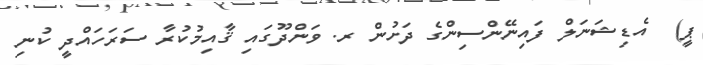
ޕީ)  އެޑިޝަނަލް ފައިނޭންސިންގެ ދަށުން ރ. ވަންދޫގައި ޤާއިމުކުރާ ސަރަހައްދީ ކުނި